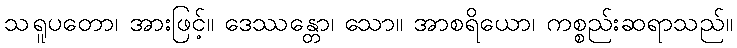
သရူပတော၊ အားဖြင့်။ ဒေဿန္တော၊ သော။ အာစရိယော၊ ကစ္စည်းဆရာသည်။